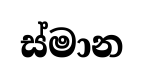
ස්මාන